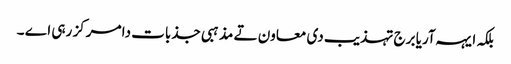
بلکہ ایہہ آریا برج تہذیب دی معاون تے مذہبی جذبات دا مرکز رہی اے ۔